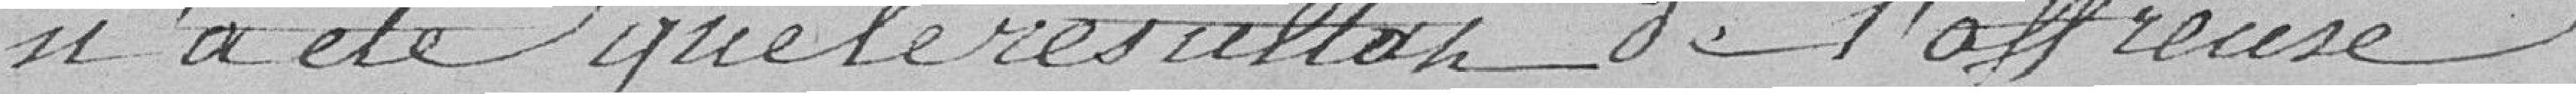
n'a été que le résultat de l'affreuse